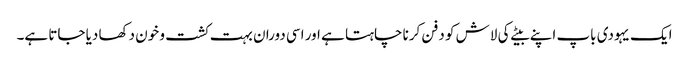
ایک یہودی باپ اپنے بیٹے کی لاش کو دفن کرنا چاہتا ہے اور اسی دوران بہت کشت و خون دکھا دیا جاتا ہے۔